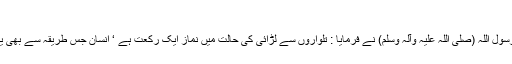
٦٥١)
امام بزار ‘ حضرت عبداللہ بن عمر (رض) سے روایت کرتے ہیں کہ رسول اللہ (صلی اللہ علیہ وآلہ وسلم) نے فرمایا : تلواروں سے لڑائی کی حالت میں نماز ایک رکعت ہے ‘ انسان جس طریقہ سے بھی یہ رکعت پڑھ لے اس کے لیے کافی ہے اور وہ اس کو نہیں دہرائے گا۔